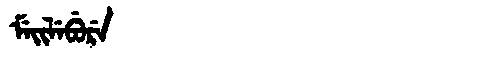
Manchu: ᠮᡝᡳᠯᡝᠪᡠᡵᡝ
Romanization: MEILEBURE